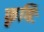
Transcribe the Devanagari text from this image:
कृषिः